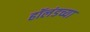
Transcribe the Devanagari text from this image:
हॉलंडच्या